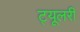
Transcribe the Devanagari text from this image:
ट्यूलरी